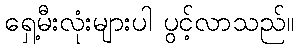
ရှေ့မီးလုံးများပါ ပွင့်လာသည်။